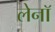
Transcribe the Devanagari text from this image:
लेनॉ